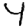
Digit: 4